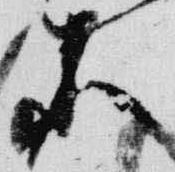
等